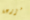
مزرعة